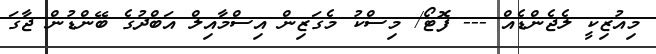
މިއުޒިކީ ލެޖެންޑެއް --- ފޮޓޯ/ މިސްކު މެގަޒިން އިސްމާއިލް އަބްދުގެ ބޭންޑުން ޖާގަ